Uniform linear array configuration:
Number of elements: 12
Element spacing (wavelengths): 1
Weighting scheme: hann
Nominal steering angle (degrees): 45
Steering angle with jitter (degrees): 46.289
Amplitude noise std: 0.05
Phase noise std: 0.05

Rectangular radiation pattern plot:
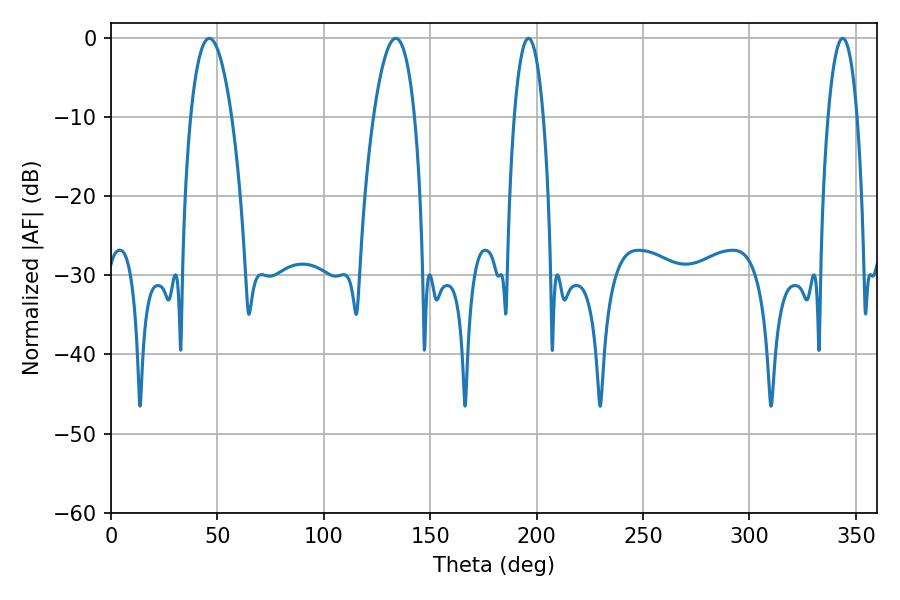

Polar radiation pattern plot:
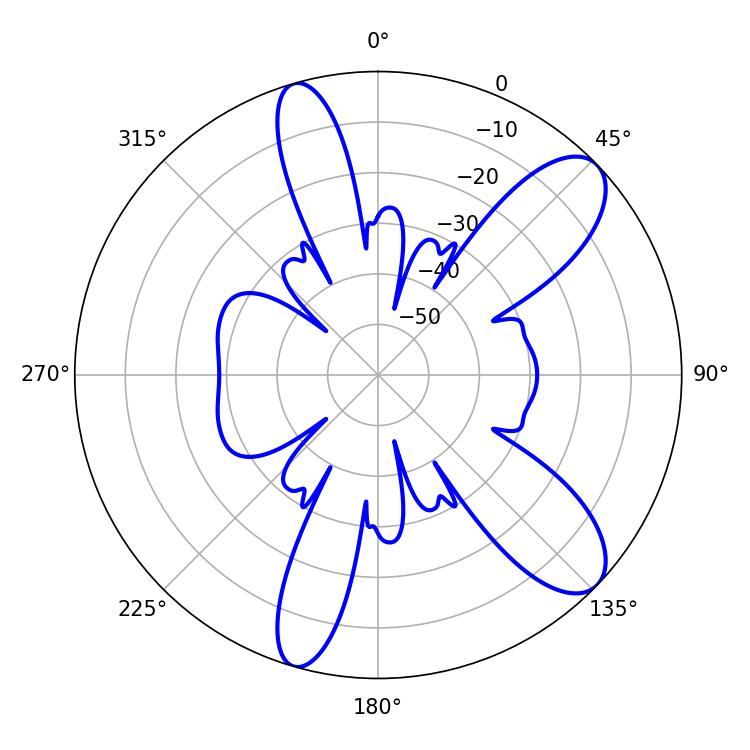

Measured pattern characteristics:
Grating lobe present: TRUE
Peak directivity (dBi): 9.804
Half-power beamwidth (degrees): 7.56
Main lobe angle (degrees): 196.2